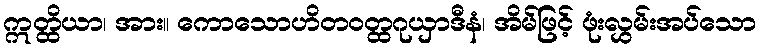
ဣတ္ထိယာ၊ အား။ ကောသောဟိတဝတ္ထဂုယှာဒီနံ၊ အိမ်ဖြင့် ဖုံးလွှမ်းအပ်သော